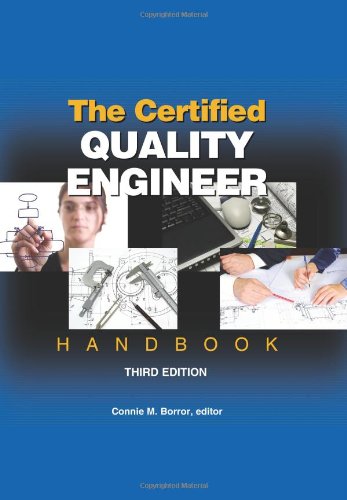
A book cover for The Certified Quality Engineer Handbook, Third Edition; Connie M. Borror; Business & Money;